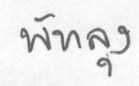
พัทลุง